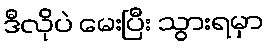
ဒီလိုပဲ မေးပြီး သွားရမှာ